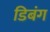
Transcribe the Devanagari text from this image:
डिबंग